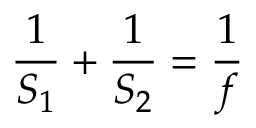
{ \frac { 1 } { S _ { 1 } } } + { \frac { 1 } { S _ { 2 } } } = { \frac { 1 } { f } }